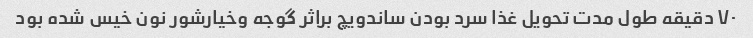
۷۰ دقیقه طول مدت تحویل غذا سرد بودن ساندویچ براثر گوجه وخیارشور نون خیس شده بود